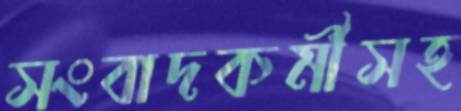
সংবাদকর্মীসহ